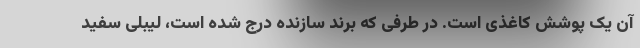
آن یک پوشش کاغذی است. در طرفی که برند سازنده درج شده است، لیبلی سفید